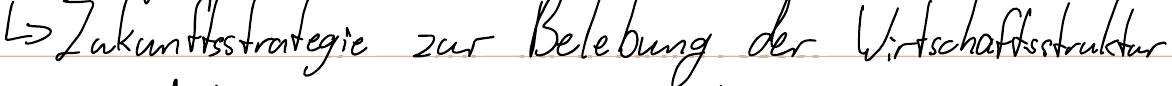
-> Zukunftsstrategie zur Belebung der Wirtschaftsstruktur